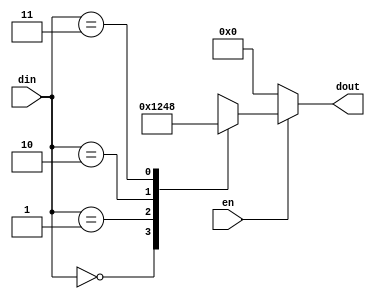
module decoder_2to4(en,din,dout);
 input en;
 input [1:0] din;
 output [3:0] dout;
 reg [3:0] dout;
 always@(en or din)
  begin
   if(!en)
    dout=4'b0;
   else 
    case(din)
	 2'b00:dout=4'b0001;
	 2'b01:dout=4'b0010;
	 2'b10:dout=4'b0100;
	 2'b11:dout=4'b1000;
	endcase
  end
endmodule